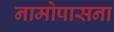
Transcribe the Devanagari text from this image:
नामोपासना